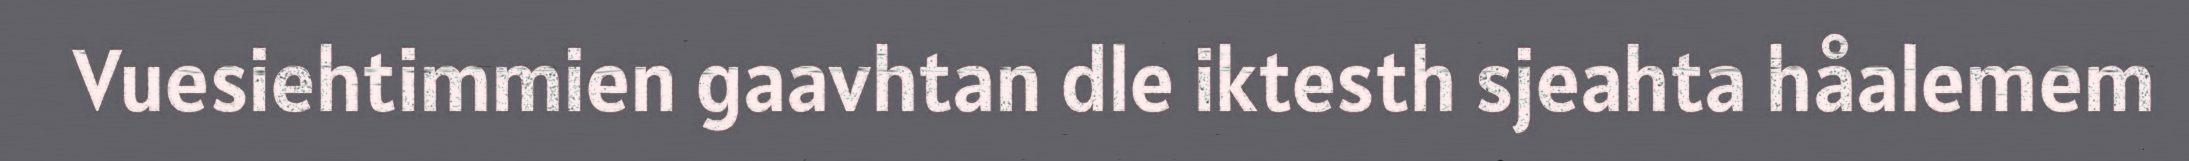
Vuesiehtimmien gaavhtan dle iktesth sjeahta håalemem